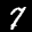
Label: 7